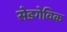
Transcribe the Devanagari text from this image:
सेडगेविक